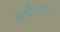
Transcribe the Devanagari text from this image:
आर्चोशोर